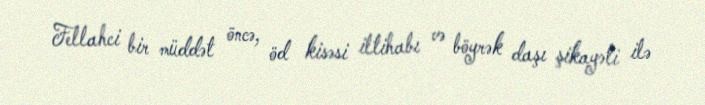
Fellahci bir müddət öncə, öd kisəsi iltihabı və böyrək daşı şikayəti ilə